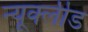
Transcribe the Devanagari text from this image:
न्यूक्लीड